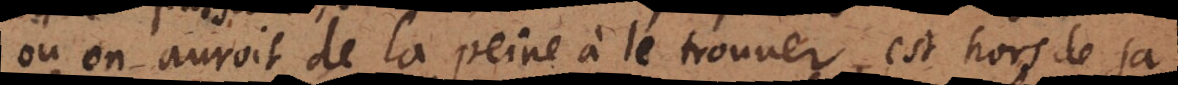
où on auroit de la peine à le trouver, est hors de sa